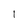
Character: I